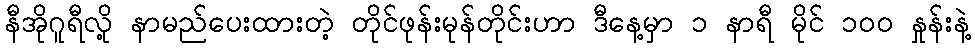
နီအိုဂူရီလို့ နာမည်ပေးထားတဲ့ တိုင်ဖုန်းမုန်တိုင်းဟာ ဒီနေ့မှာ ၁ နာရီ မိုင် ၁၀၀ နှုန်းနဲ့